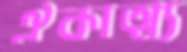
ঐকাত্ম্য